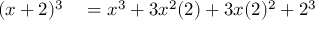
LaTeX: \begin{array} { r l } { ( x + 2 ) ^ { 3 } } & { { } = x ^ { 3 } + 3 x ^ { 2 } ( 2 ) + 3 x ( 2 ) ^ { 2 } + 2 ^ { 3 } } \end{array}